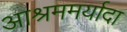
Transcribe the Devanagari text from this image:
आश्रममर्यादा